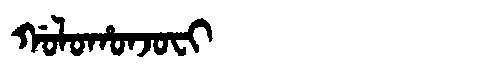
Manchu: ᡤᠣᠯᠣᡥᠣᠨᠵᠣᠸᡳ
Romanization: GOLOHONJOFI